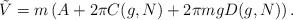
\begin{align*}{\tilde{V}}=m\left( A+2\pi C(g,N)+2\pi mgD(g,N)\right) .\end{align*}